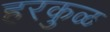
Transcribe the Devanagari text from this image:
हरकुळ